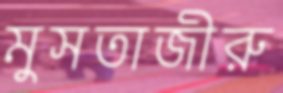
মুসতাজীরু